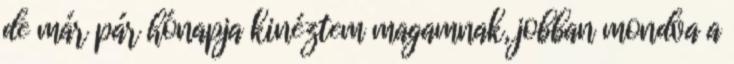
de már pár hónapja kinéztem magamnak, jobban mondva a